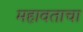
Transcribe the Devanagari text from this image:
महावताचा